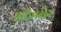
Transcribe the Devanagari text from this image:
भीमबेर